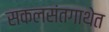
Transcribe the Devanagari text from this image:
सकलसंतगाथेत